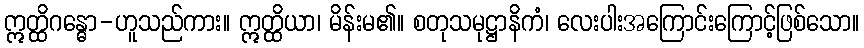
ဣတ္ထိဂန္ဓော-ဟူသည်ကား။ ဣတ္ထိယာ၊ မိန်းမ၏။ စတုသမုဋ္ဌာနိကံ၊ လေးပါးအကြောင်းကြောင့်ဖြစ်သော။